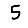
Digit: 5